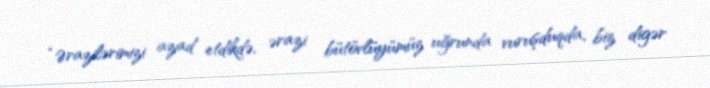
“Ərazilərimizi azad etdikdə, ərazi bütövlüyümüz uğrunda vuruşduqda, biz digər